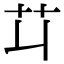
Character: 𦫶